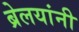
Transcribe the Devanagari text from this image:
ब्रेलयांनी